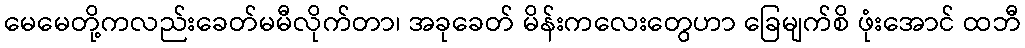
မေမေတို့ကလည်းခေတ်မမီလိုက်တာ၊ အခုခေတ် မိန်းကလေးတွေဟာ ခြေမျက်စိ ဖုံးအောင် ထဘီ